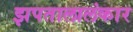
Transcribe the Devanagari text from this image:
झपतालालंकार